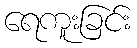
ရေကူးခြင်း